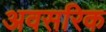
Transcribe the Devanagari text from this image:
अवसरिक